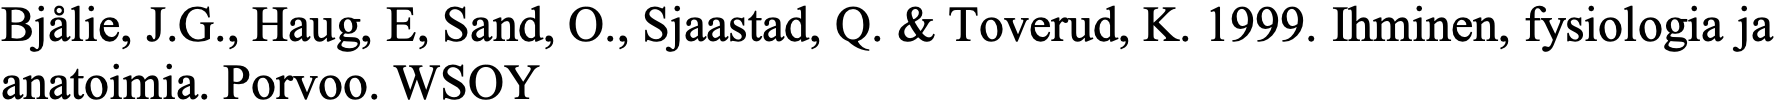
Bjålie, J.G., Haug, E, Sand, O., Sjaastad, Q. & Toverud, K. 1999. Ihminen, fysiologia ja anatoimia. Porvoo. WSOY